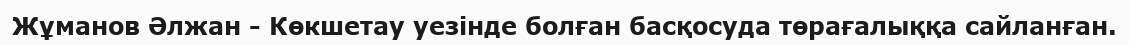
Жұманов Әлжан - Көкшетау уезінде болған басқосуда төрағалыққа сайланған.